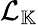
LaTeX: \mathcal{L}_{\mathbb{K}}